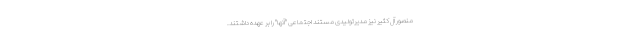
منصور آل کثیر نیز مدیرتولیدی مستند اجتماعی "آنها" را بر عهده داشتند.